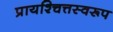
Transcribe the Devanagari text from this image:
प्रायश्चित्तस्वरूप